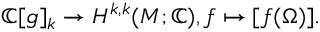
\mathbb { C } [ { \mathfrak { g } } ] _ { k } \to H ^ { k , k } ( M ; \mathbb { C } ) , f \mapsto [ f ( \Omega ) ] .